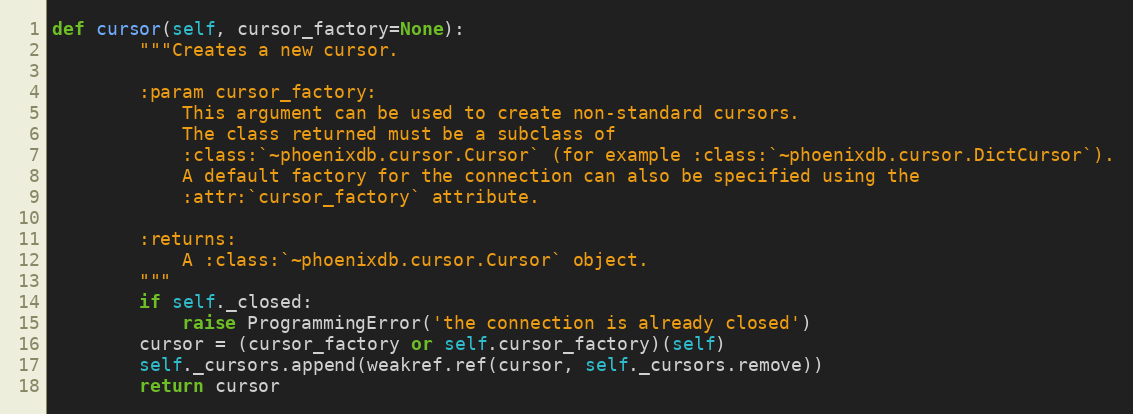
Language: Python
def cursor(self, cursor_factory=None):
        """Creates a new cursor.

        :param cursor_factory:
            This argument can be used to create non-standard cursors.
            The class returned must be a subclass of
            :class:`~phoenixdb.cursor.Cursor` (for example :class:`~phoenixdb.cursor.DictCursor`).
            A default factory for the connection can also be specified using the
            :attr:`cursor_factory` attribute.

        :returns:
            A :class:`~phoenixdb.cursor.Cursor` object.
        """
        if self._closed:
            raise ProgrammingError('the connection is already closed')
        cursor = (cursor_factory or self.cursor_factory)(self)
        self._cursors.append(weakref.ref(cursor, self._cursors.remove))
        return cursor